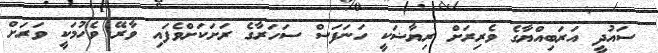
ސައުދީ އަރަބިއްޔާގެ ވެރިރަށް ރިޔާޟަކީ ހަނަފަސް ސަހަރާގެ ރަށަކަށްވެފައި ވާރޭ ވެހުމަކީ ވަރަށް